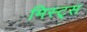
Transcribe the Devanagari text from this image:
मिस्ट्स